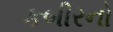
કબીરનો